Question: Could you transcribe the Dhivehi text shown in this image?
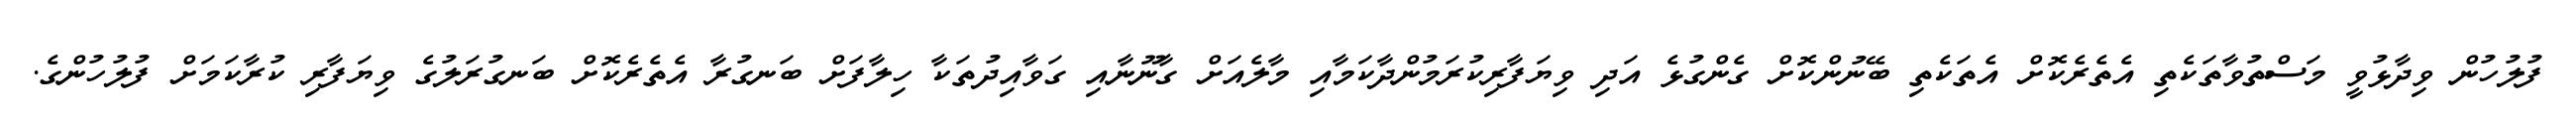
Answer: ފުލުހުން ވިދާޅުވީ މަސްތުވާތަކެތި އެތެރެކޮށް އެތަކެތި ބޭނުންކޮށް ގެންގުޅެ އަދި ވިޔަފާރިކުރަމުންދާކަމާއި މާލެއަށް ގާނޫނާއި ގަވާއިދުތަކާ ހިލާފަށް ބަނގުރާ އެތެރެކޮށް ބަނގުރަލުގެ ވިޔަފާރި ކުރާކަމަށް ފުލުހުންގެ.